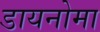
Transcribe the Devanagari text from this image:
डायनोमा